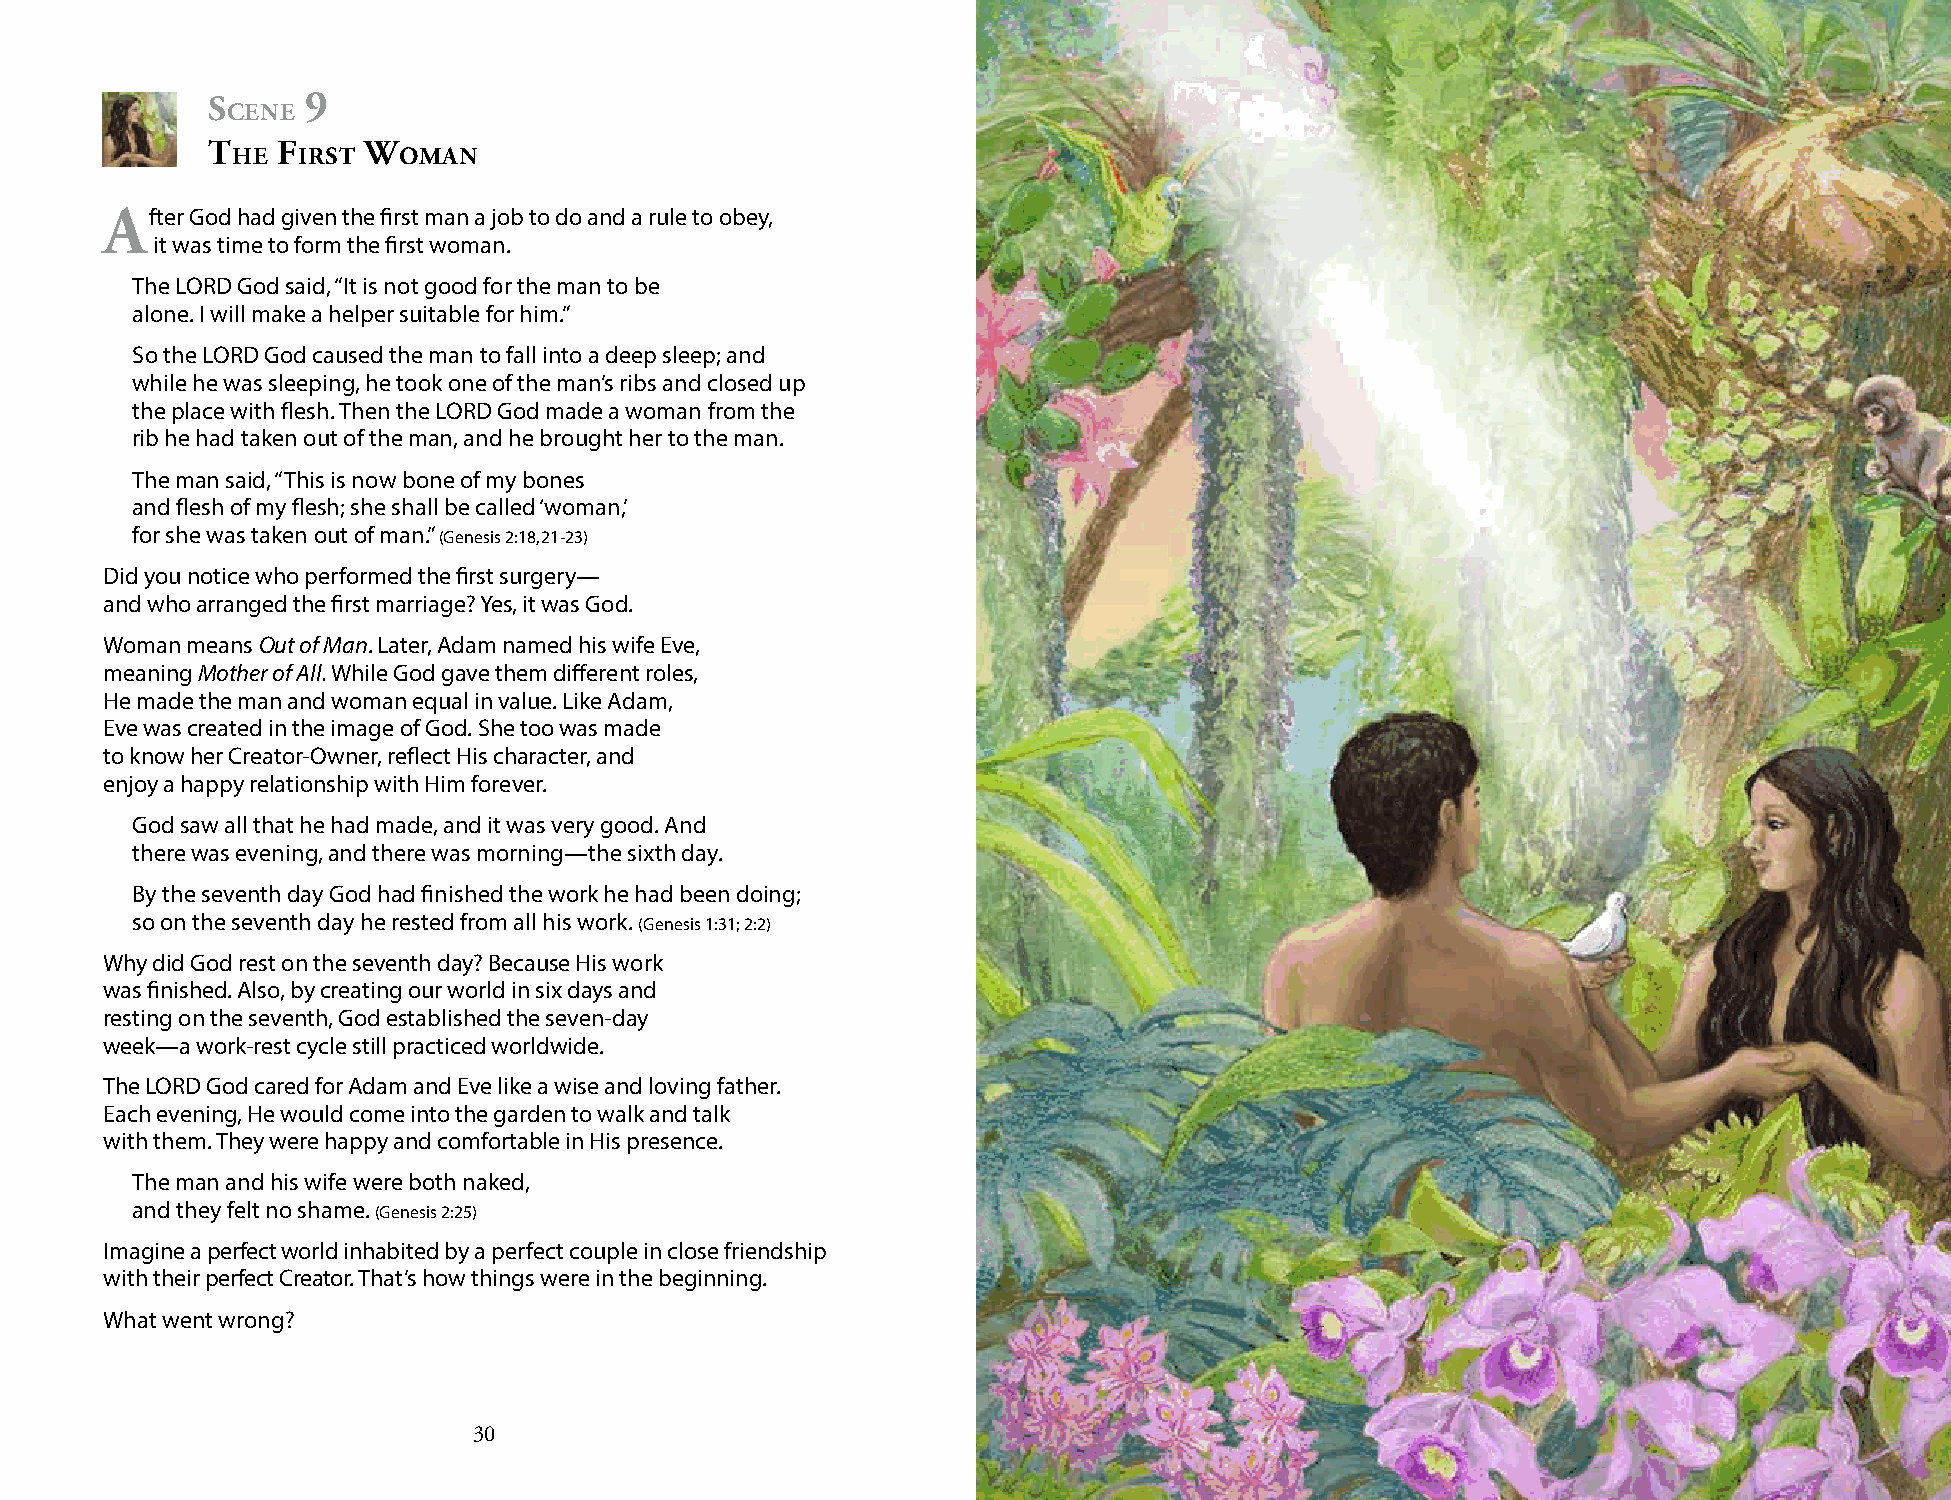
s     9
 cene
 t   f     W
 he   irst  omAn
 After God had given the first man a job to do and a rule to obey,
 it was time to form the first woman.
 The LORD God said, “It is not good for the man to be
 alone. I will make a helper suitable for him.”
 So the LORD God caused the man to fall into a deep sleep; and
 while he was sleeping, he took one of the man’s ribs and closed up
 the place with flesh. Then the LORD God made a woman from the
 rib he had taken out of the man, and he brought her to the man.
 The man said, “This is now bone of my bones
 and flesh of my flesh; she shall be called ‘woman,’
 for she was taken out of man.” (Genesis 2:18, 21-23)
 Did you notice who performed the first surgery—
 and who arranged the first marriage? Yes, it was God.
 Woman means Out of Man. Later, Adam named his wife Eve,
 meaning Mother of All. While God gave them different roles,
 He made the man and woman equal in value. Like Adam,
 Eve was created in the image of God. She too was made
 to know her Creator-Owner, reflect His character, and
 enjoy a happy relationship with Him forever.
 God saw all that he had made, and it was very good. And
 there was evening, and there was morning—the sixth day.
 By the seventh day God had finished the work he had been doing;
 so on the seventh day he rested from all his work. (Genesis 1:31; 2:2)
 Why did God rest on the seventh day? Because His work
 was finished. Also, by creating our world in six days and
 resting on the seventh, God established the seven-day
 week—a work-rest cycle still practiced worldwide.
 The LORD God cared for Adam and Eve like a wise and loving father.
 Each evening, He would come into the garden to walk and talk
 with them. They were happy and comfortable in His presence.
 The man and his wife were both naked,
 and they felt no shame. (Genesis 2:25)
 Imagine a perfect world inhabited by a perfect couple in close friendship
 with their perfect Creator. That’s how things were in the beginning.
 What went wrong?
 30